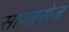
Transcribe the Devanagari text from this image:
सप्तसरोज